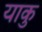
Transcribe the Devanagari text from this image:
याकु